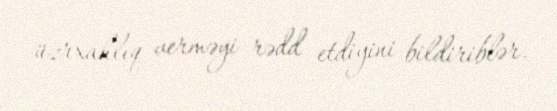
üzrxahlıq verməyi rədd etdiyini bildiriblər.